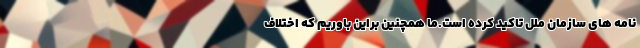
نامه های سازمان ملل تاکید کرده است.ما همچنین براین باوریم که اختلاف